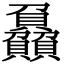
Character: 𮚰